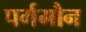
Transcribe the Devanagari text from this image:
पर्गमौन